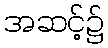
အဆင့်၌